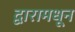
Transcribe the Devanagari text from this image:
द्वारामधून